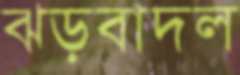
ঝড়বাদল